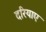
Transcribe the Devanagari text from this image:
दरियाए